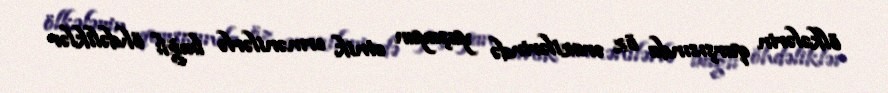
ölkələrin qarşısında öz ərazilərində yaşayan etnik ermənilərlə bağlı öhdəliklər